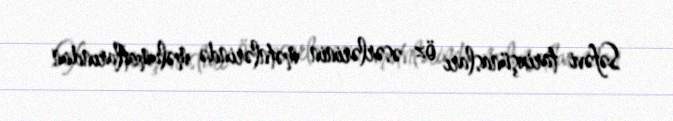
Səfəvi tarixşünasları öz əsərlərinin mətnlərində məlumatlarından